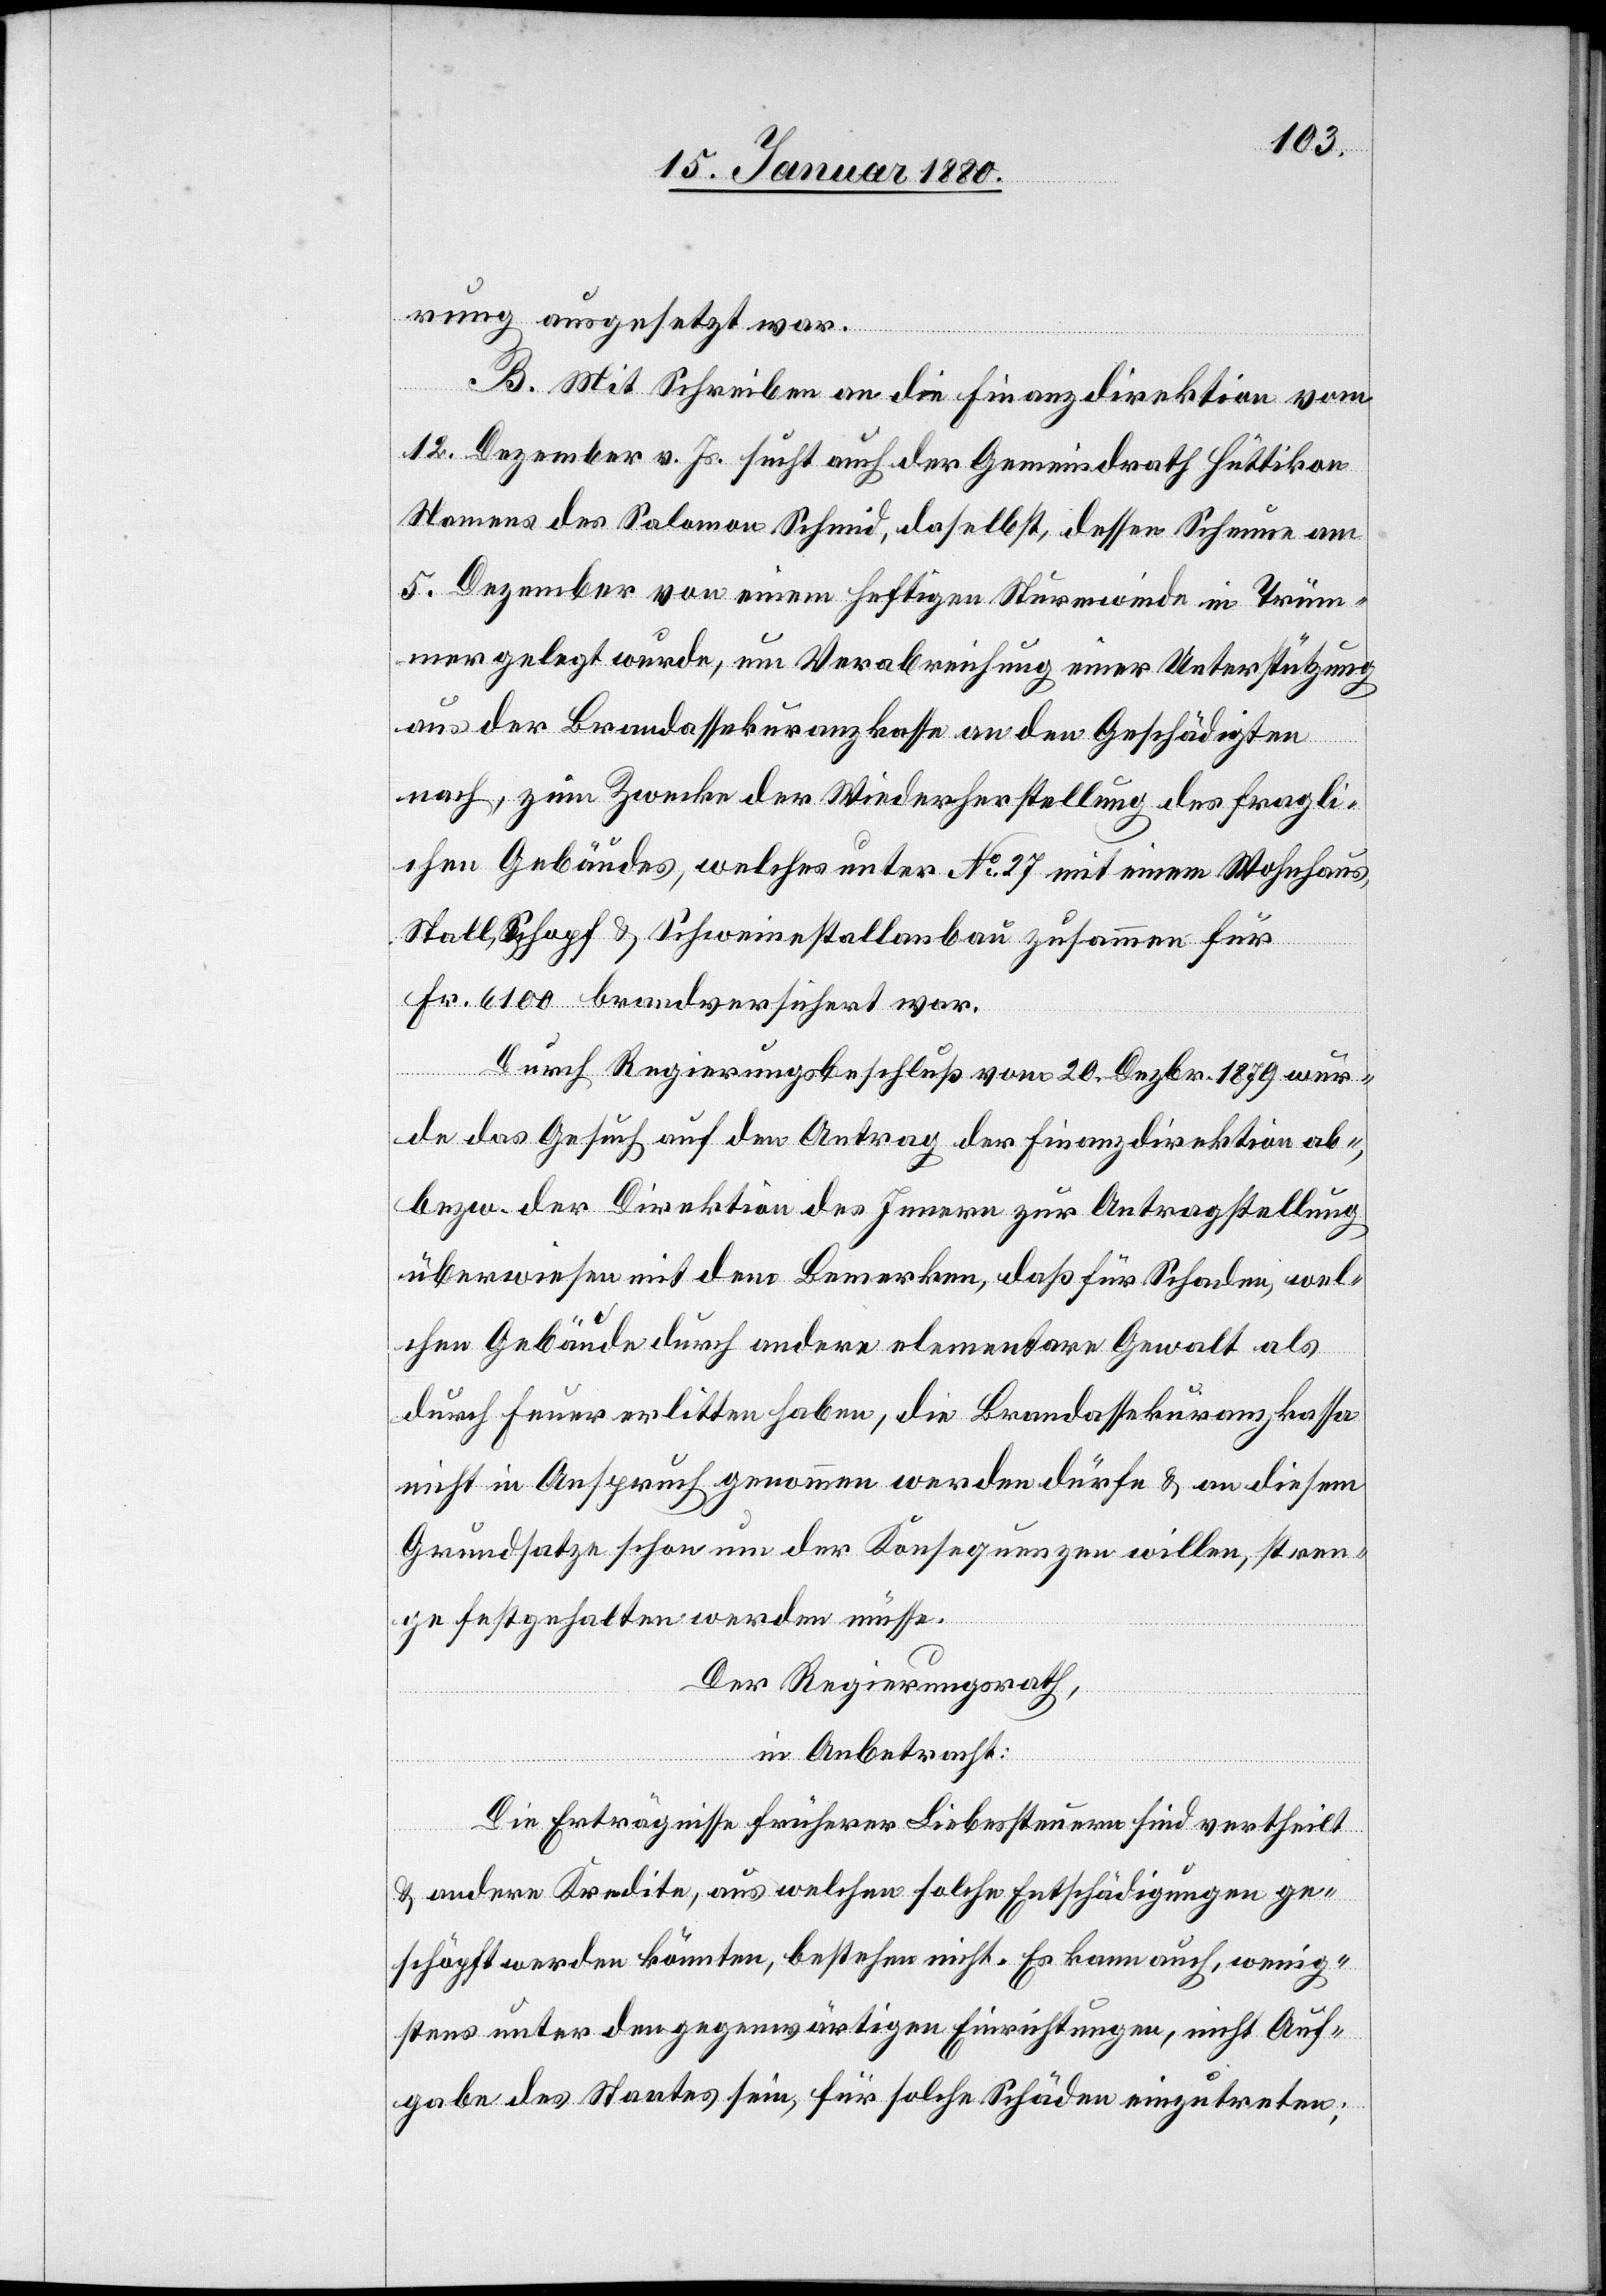
rung ausgesetzt war.
B. Mit Schreiben an die Finanzdirektion vom
12. Dezember v. Js. sucht auch der Gemeindrath Hüttikon
Namens des Salomon Schmid, daselbst, dessen Scheune am
5. Dezember von einem heftigen Sturmwinde in Trüm¬
mer gelegt wurde, um Verabreichung einer Unterstützung
nach, zum Zwecke der Wiederherstellung des fragli¬
chen Gebäudes, welches unter No 27 mit einem Wohnhaus,
Stall, Schopf & Schweinstallanbau zusammen für
Fr. 6100 brandversichert war.
Durch Regierungsbeschluß vom 20. Dezbr. 1879 wur¬
de das Gesuch auf den Antrag der Finanzdirektion ab-
bzw. der Direktion des Innern zur Antragstellung
überwiesen mit dem Bemerken, daß für Schaden, wel¬
chen Gebäude durch andere elementare Gewalt als
durch Feuer erlitten haben, die Brandassekuranzkasse
nicht in Anspruch genommen werden dürfe & an diesem
Grundsatze schon um der Konsequenzen willen, stren¬
ge festgehalten werden müsse.
Der Regierungsrath,
in Anbetracht:
Die Erträgnisse früherer Liebessteuern sind vertheilt
& andere Kredite, aus welchen solche Entschädigungen ge¬
schöpft werden könnten, bestehen nicht. Es kann auch, wenig¬
stens unter den gegenwärtigen Einrichtungen, nicht Auf¬
gabe des Staates sein, für solche Schäden einzutreten;